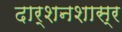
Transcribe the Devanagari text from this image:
दार्शनशास्र